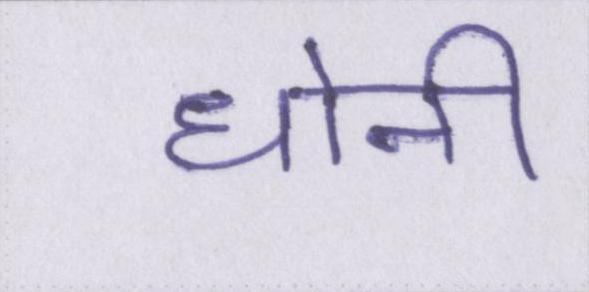
धोनी